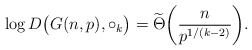
\begin{align*} \log D\big(G(n,p), \circ_{k} \big) = \widetilde{\Theta}\bigg( \frac{n}{p^{1/(k-2)}} \bigg). \end{align*}